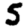
Digit: 5